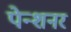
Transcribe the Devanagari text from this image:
पेन्शनर